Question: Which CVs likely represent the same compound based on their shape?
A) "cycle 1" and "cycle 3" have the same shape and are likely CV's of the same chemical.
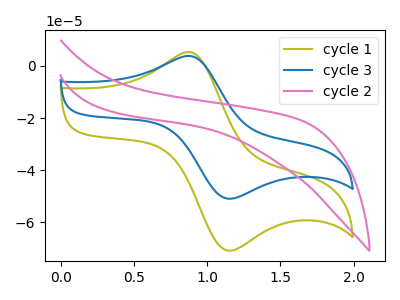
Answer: <think>The olive curve "cycle 1" has an anodic peak at (0.90V, 5.25uA) and a cathodic peak at (1.15V, -70.95uA). The blue curve "cycle 3" has an anodic peak at (0.90V, 3.75uA) and a cathodic peak at (1.15V, -51.00uA). The pink curve "cycle 2" has no peaks.
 All the peaks in "cycle 1" have a peak in "cycle 3" at the same potential. Every peak in "cycle 1" is higher than every peak in "cycle 3". "cycle 1" and "cycle 2" have a different number of peaks. "cycle 3" and "cycle 2" have a different number of peaks.</think>
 <answer>A) "cycle 1" and "cycle 3" have the same shape and are likely CV's of the same chemical.</answer>
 <eval>A</eval>